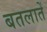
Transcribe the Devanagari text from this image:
बतलातें